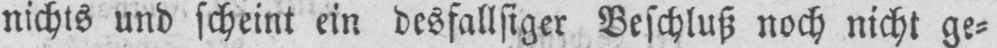
nichts und scheint ein desfallsiger Beschluß noch nicht ge⸗